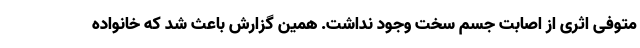
متوفی اثری از اصابت جسم سخت وجود نداشت. همین گزارش باعث شد که خانواده